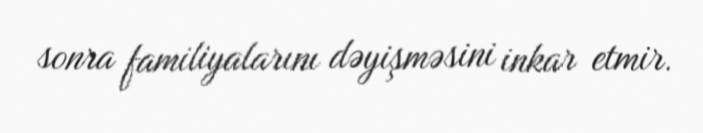
sonra familiyalarını dəyişməsini inkar etmir.